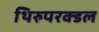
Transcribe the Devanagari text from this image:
थिरुपरक्डल